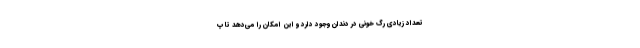
تعداد زیادی رگ خونی در دندان وجود دارد و این امکان را می‌دهد تا پ